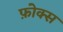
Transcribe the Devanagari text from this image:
फ़ोक्स